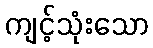
ကျင့်သုံးသော